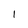
Character: l